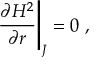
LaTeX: { \frac { \partial H ^ { 2 } } { \partial r } } \Bigg | _ { J } = 0 \ ,